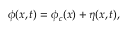
\phi ( x , t ) = \phi _ { c } ( x ) + \eta ( x , t ) ,